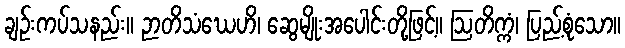
ချဉ်းကပ်သနည်း။ ဉာတိသံဃေဟိ၊ ဆွေမျိုးအပေါင်းတို့ဖြင့်။ ဩတိက္ကံ၊ ပြည့်စုံသော။